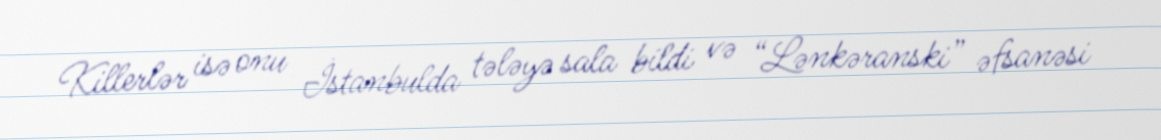
Killerlər isə onu İstanbulda tələyə sala bildi və “Lənkəranski” əfsanəsi